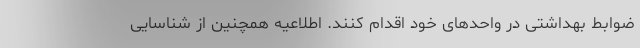
ضوابط بهداشتی در واحدهای خود اقدام کنند. اطلاعیه همچنین از شناسایی